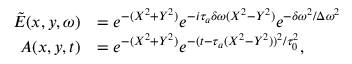
\begin{array} { r l } { \tilde { E } ( x , y , \omega ) } & { = e ^ { - ( X ^ { 2 } + Y ^ { 2 } ) } e ^ { - i \tau _ { a } \delta \omega ( X ^ { 2 } - Y ^ { 2 } ) } e ^ { - \delta \omega ^ { 2 } / \Delta \omega ^ { 2 } } } \\ { A ( x , y , t ) } & { = e ^ { - ( X ^ { 2 } + Y ^ { 2 } ) } e ^ { - ( t - \tau _ { a } ( X ^ { 2 } - Y ^ { 2 } ) ) ^ { 2 } / \tau _ { 0 } ^ { 2 } } , } \end{array}